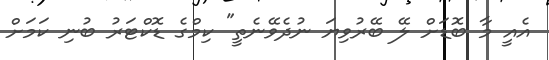
އެއީ މާ ބޮޑަށް ލޭ ބޭރުވިޔަ ނުދެވޭނެތީ" ކިމްގެ ޑޮކްޓަރު ބުނި ކަމަށް